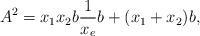
LaTeX: \begin{align*}A^2=x_1x_2 b\frac{1}{x_e} b+(x_1+x_2) b,\end{align*}